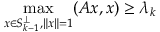
\operatorname* { m a x } _ { x \in S _ { k - 1 } ^ { \perp } , \| x \| = 1 } ( A x , x ) \geq \lambda _ { k }